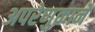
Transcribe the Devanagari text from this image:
अपरेणुकाने